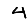
Digit: 4